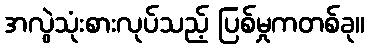
အလွဲသုံးစားလုပ်သည့် ပြစ်မှုကတစ်ခု။